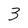
Character: 3